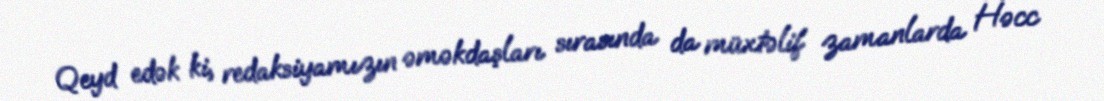
Qeyd edək ki, redaksiyamızın əməkdaşları sırasında da müxtəlif zamanlarda Həcc